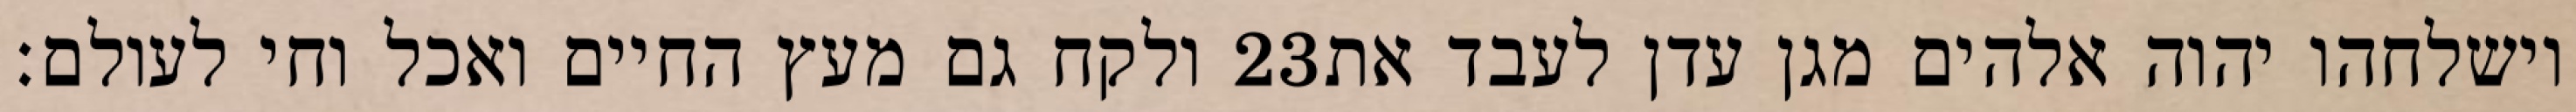
ולקח גם מעץ החיים ואכל וחי לעולם׃ ‎23‏ וישלחהו יהוה אלהים מגן עדן לעבד את